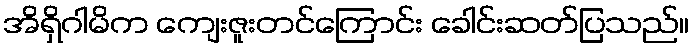
အိရှိဂါမိက ကျေးဇူးတင်ကြောင်း ခေါင်းဆတ်ပြသည်။